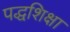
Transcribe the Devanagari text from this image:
पद्धशिक्षा